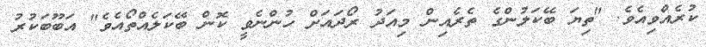
ކުރެއްވިއެވެ. "ތިޔަ ބޭކަލުންގެ ތެރެއިން މިއަދު ރޯދައަށް ހުންނެވީ ކޮން ބޭކަލެއްތޯއެވެ" އަބޫބަކުރު